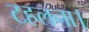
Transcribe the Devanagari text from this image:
टहलना।